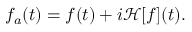
\begin{array} { r } { f _ { a } ( t ) = f ( t ) + i \mathcal { H } [ f ] ( t ) . } \end{array}